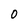
Character: 0